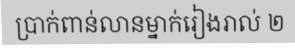
ប្រាក់ពាន់លានម្នាក់រៀងរាល់ ២